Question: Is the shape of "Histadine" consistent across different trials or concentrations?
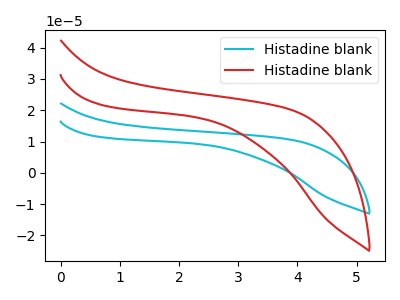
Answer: <think>The cyan curve "Histadine blank1" has no peaks. The red curve "Histadine blank2" has no peaks.
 Neither "Histadine blank1" or "Histadine blank2" have any peaks.</think>
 <answer>All the CV's of "Histadine" have similar shape.</answer>
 <eval>follow_rule</eval>